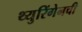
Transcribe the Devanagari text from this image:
थ्युरिंगेनची